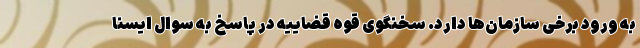
به ورود برخی سازمان‌ها دارد. سخنگوی قوه قضاییه در پاسخ به سوال ایسنا